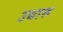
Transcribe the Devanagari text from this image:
उधारू